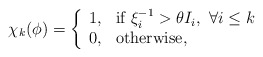
\begin{align*}\chi_k(\phi)=\left\{\begin{array}{ll}1,& \textnormal{if }\xi_i^{-1}>\theta I_i,~\forall i\leq k\\0,&\textnormal{otherwise,}\end{array}\right.\end{align*}